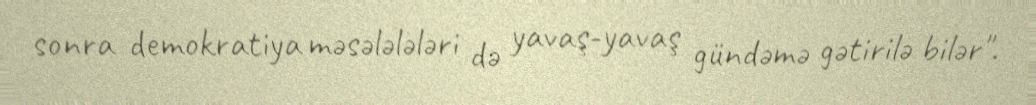
sonra demokratiya məsələlələri də yavaş-yavaş gündəmə gətirilə bilər".